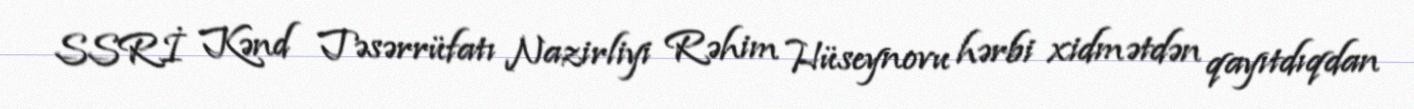
SSRİ Kənd Təsərrüfatı Nazirliyi Rəhim Hüseynovu hərbi xidmətdən qayıtdıqdan